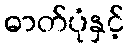
ဓာတ်ပုံနှင့်